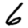
Digit: 6